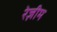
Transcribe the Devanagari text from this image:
रेज़ीम